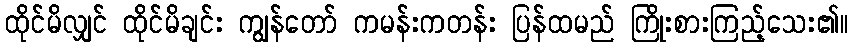
ထိုင်မိလျှင် ထိုင်မိချင်း ကျွန်တော် ကမန်းကတန်း ပြန်ထမည် ကြိုးစားကြည့်သေး၏။